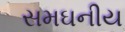
સમઘનીય